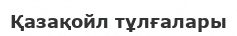
Қазақойл тұлғалары